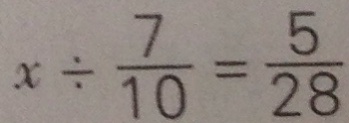
x \div \frac { 7 } { 1 0 } = \frac { 5 } { 2 8 }